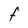
Character: F